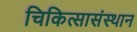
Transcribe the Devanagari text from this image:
चिकित्सासंस्थान